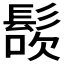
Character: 𩭜